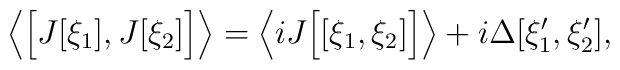
\left\langle \Bigl[ J[\xi_1],J[\xi_2 ] \Bigr] \right\rangle=    \left\langle i J\Bigl[[\xi_1,\xi_2]\Bigr]\right\rangle+     i\Delta[\xi'_1,\xi'_2],